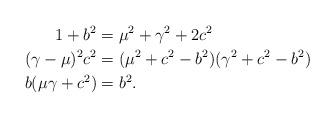
LaTeX: \begin{align*}1+b^2&=\mu^2+\gamma^2+2c^2\\(\gamma-\mu)^2c^2&=(\mu^2+c^2-b^2)(\gamma^2+c^2-b^2)\\b(\mu\gamma+c^2)&=b^2.\end{align*}